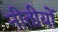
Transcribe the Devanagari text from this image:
नीतीयों